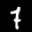
Label: 7